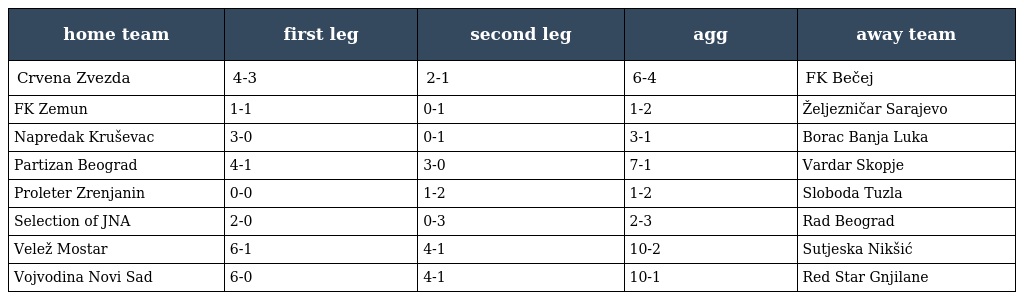
| home team | first leg | second leg | agg | away team |
 | --- | --- | --- | --- | --- |
 | Crvena Zvezda | 4-3 | 2-1 | 6-4 | FK Bečej |
 | FK Zemun | 1-1 | 0-1 | 1-2 | Željezničar Sarajevo |
 | Napredak Kruševac | 3-0 | 0-1 | 3-1 | Borac Banja Luka |
 | Partizan Beograd | 4-1 | 3-0 | 7-1 | Vardar Skopje |
 | Proleter Zrenjanin | 0-0 | 1-2 | 1-2 | Sloboda Tuzla |
 | Selection of JNA | 2-0 | 0-3 | 2-3 | Rad Beograd |
 | Velež Mostar | 6-1 | 4-1 | 10-2 | Sutjeska Nikšić |
 | Vojvodina Novi Sad | 6-0 | 4-1 | 10-1 | Red Star Gnjilane |